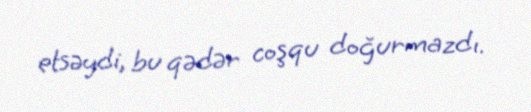
etsəydi, bu qədər coşqu doğurmazdı.